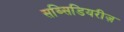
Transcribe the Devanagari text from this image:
सब्सिडियरीज़